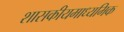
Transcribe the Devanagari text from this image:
शासकीयमाध्यमिक